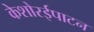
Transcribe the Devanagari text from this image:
केशोरईपाटन